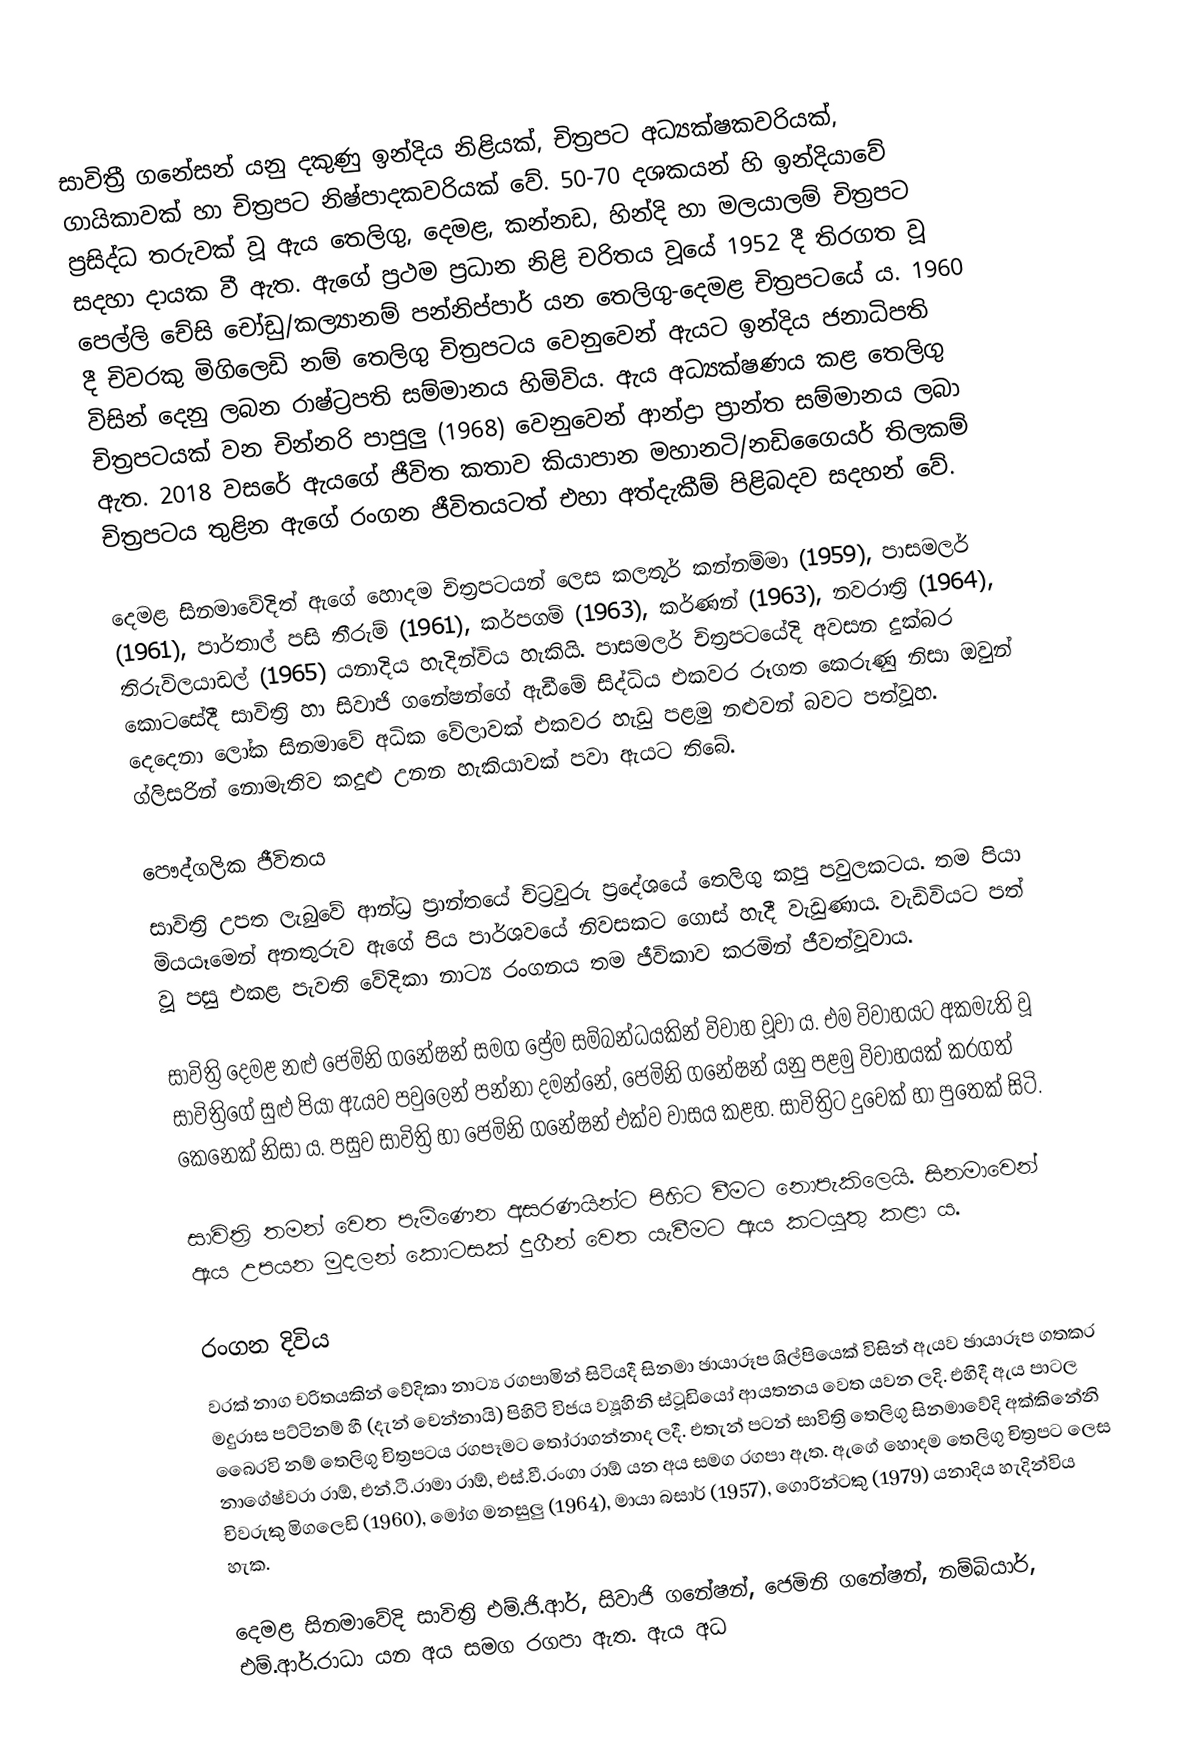
සාවිත්‍රී ගනේසන් යනු දකුණු ඉන්දිය නිළියක්, චිත්‍රපට අධ්‍යක්ෂකවරියක්, ගායිකාවක් හා චිත්‍රපට නිෂ්පාදකවරියක් වේ. 50-70 දශකයන් හි ඉන්දියාවේ ප්‍රසිද්ධ තරුවක් වූ ඇය තෙලිගු, දෙමළ, කන්නඩ, හින්දි හා මලයාලම් චිත්‍රපට සදහා දායක වී ඇත. ඇගේ ප්‍රථම ප්‍රධාන නිළි චරිතය වූයේ 1952 දී තිරගත වූ පෙල්ලි චේසි චෝඩු/කල්‍යානම් පන්නිප්පාර් යන තෙලිගු-දෙමළ චිත්‍රපටයේ ය. 1960 දී චිවරකු මිගිලෙඩි නම් තෙලිගු චිත්‍රපටය වෙනුවෙන් ඇයට ඉන්දිය ජනාධිපති විසින් දෙනු ලබන රාෂ්ට්‍රපති සම්මානය හිමිවිය. ඇය අධ්‍යක්ෂණය කළ තෙලිගු චිත්‍රපටයක් වන චින්නරි පාපුලු (1968) වෙනුවෙන් ආන්ද්‍රා ප්‍රාන්ත සම්මානය ලබා ඇත. 2018 වසරේ ඇයගේ ජීවිත කතාව කියාපාන මහානටි/නඩිගෛයර් තිලකම් චිත්‍රපටය තුළින ඇගේ රංගන ජීවිතයටත් එහා අත්දැකීම් පිළිබදව සදහන් වේ.

දෙමළ සිනමාවේදිත් ඇගේ හොදම චිත්‍රපටයන් ලෙස කලතූර් කන්නම්මා (1959), පාසමලර් (1961), පාර්තාල් පසි තීරුම් (1961), කර්පගම් (1963), කර්ණන් (1963), නවරාත්‍රි (1964), තිරුවිලයාඩල් (1965) යනාදිය හැදින්විය හැකියි. පාසමලර් චිත්‍රපටයේදි අවසන දුක්බර කොටසේදී සාවිත්‍රි හා සිවාජි ගනේෂන්ගේ ඇඩීමේ සිද්ධිය එකවර රූගත කෙරුණු නිසා ඔවුන් දෙදෙනා ලෝක සිනමාවේ අධික වේලාවක් එකවර හැඩු පළමු නළුවන් බවට පත්වූහ. ග්ලිසරින් නොමැතිව කදුළු උනන හැකියාවක් පවා ඇයට තිබේ.

පෞද්ගලික ජීවිතය
සාවිත්‍රි උපත ලැබුවේ ආන්ධ්‍ර ප්‍රාන්තයේ චිට්‍රවුරු ප්‍රදේශයේ තෙලිගු කපු පවුලකටය. තම පියා මියයෑමෙන් අනතුරුව ඇගේ පිය පාර්ශවයේ නිවසකට ගොස් හැදී වැඩුණාය. වැඩිවියට පත් වූ පසු එකළ පැවති වේදිකා නාට්‍ය රංගනය තම ජීවිකාව කරමින් ජීවත්වූවාය.

සාවිත්‍රි දෙමළ නළු ජෙමිනි ගනේෂන් සමග ප්‍රේම සම්බන්ධයකින් විවාහ වූවා ය. එම විවාහයට අකමැති වූ සාවිත්‍රිගේ සුළු පියා ඇයව පවුලෙන් පන්නා දමන්නේ, ජෙමිනි ගනේෂන් යනු පළමු විවාහයක් කරගත් කෙනෙක් නිසා ය. පසුව සාවිත්‍රි හා ජෙමිනි ගනේෂන් එක්ව වාසය කළහ. සාවිත්‍රිට දුවෙක් හා පුතෙක් සිටි.

සාවිත්‍රි තමන් වෙත පැමිණෙන අසරණයින්ට පිහිට වීමට නොපැකිලෙයි. සිනමාවෙන් ඇය උපයන මුදලන් කොටසක් දුගීන් වෙත යැවීමට ඇය කටයුතු කළා ය.

රංගන දිවිය
වරක් නාග චරිතයකින් වේදිකා නාට්‍ය රගපාමින් සිටියදී සිනමා ඡායාරූප ශිල්පියෙක් විසින් ඇයව ඡායාරූප ගතකර මදුරාස පට්ටිනම් හී (දැන් චෙන්නායි) පිහිටි විජය ව්‍යූහිනි ස්ටූඩියෝ ආයතනය වෙත යවන ලදි. එහිදී ඇය පාටල බෛරවි නම් තෙලිගු චිත්‍රපටය රගපෑමට තෝරාගන්නාද ලදී. එතැන් පටන් සාවිත්‍රි තෙලිගු සිනමාවේදි අක්කිනේනි නාගේෂ්වරා රාඕ, එන්.ටී.රාමා රාඕ, එස්.වී.රංගා රාඕ යන අය සමග රගපා ඇත. ඇගේ හොදම තෙලිගු චිත්‍රපට ලෙස චිවරුකු මිගලෙඩි (1960), මෝග මනසුලු (1964), මායා බසාර් (1957), ගොරින්ටකු (1979) යනාදිය හැදින්විය හැක.

දෙමළ සිනමාවේදි සාවිත්‍රි එම්.ජි.ආර්, සිවාජි ගනේෂන්, ජෙමිනි ගනේෂන්, නම්බියාර්, එම්.ආර්.රාධා යන අය සමග රගපා ඇත. ඇය අධ